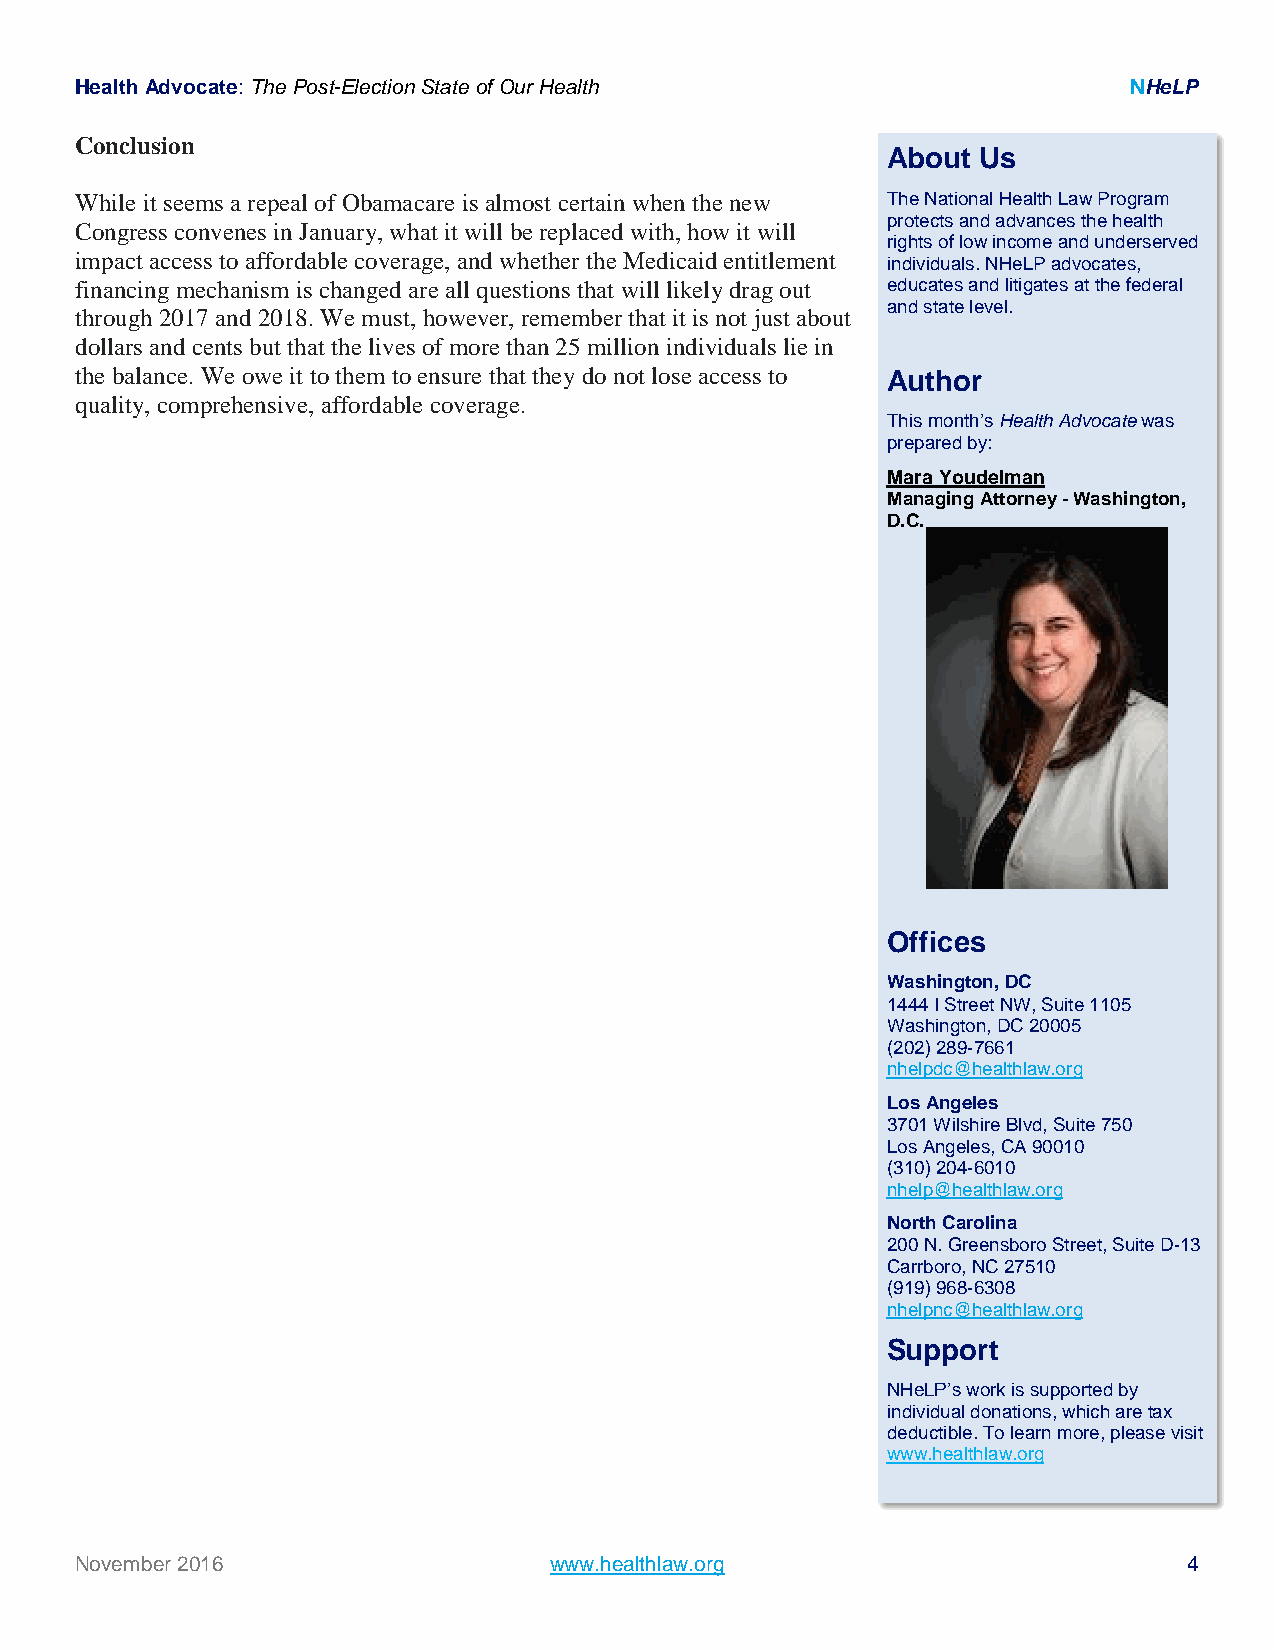
Health Advocate: The Post-Election State of Our Health                NHeLP
 Conclusion
 About Us
 While it seems a repeal of Obamacare is almost certain when the new The National Health Law Program
 protects and advances the health
 Congress convenes in January, what it will be replaced with, how it will
 rights of low income and underserved
 impact access to affordable coverage, and whether the Medicaid entitlement individuals. NHeLP advocates,
 financing mechanism is changed are all questions that will likely drag out educates and litigates at the federal
 and state level.
 through 2017 and 2018. We must, however, remember that it is not just about
 dollars and cents but that the lives of more than 25 million individuals lie in
 the balance. We owe it to them to ensure that they do not lose access to Author
 quality, comprehensive, affordable coverage.
 This month’s Health Advocate was
 prepared by:
 Mara Youdelman
 Managing Attorney - Washington,
 D.C.
 Offices
 Washington, DC
 1444 I Street NW, Suite 1105
 Washington, DC 20005
 (202) 289-7661
 nhelpdc@healthlaw.org
 Los Angeles
 3701 Wilshire Blvd, Suite 750
 Los Angeles, CA 90010
 (310) 204-6010
 nhelp@healthlaw.org
 North Carolina
 200 N. Greensboro Street, Suite D-13
 Carrboro, NC 27510
 (919) 968-6308
 nhelpnc@healthlaw.org
 Support
 NHeLP’s work is supported by
 individual donations, which are tax
 deductible. To learn more, please visit
 www.healthlaw.org
 November 2016                  www.healthlaw.org                          4